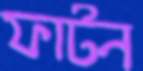
ফাটন